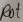
Text: Rot